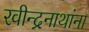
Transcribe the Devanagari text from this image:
रवीन्द्रनाथांना